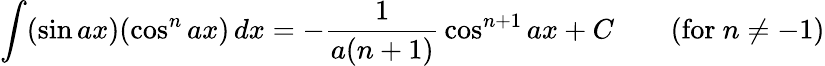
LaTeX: \int(\sin ax)(\cos^{n}ax)\, dx=-{\frac{1}{a(n+1)}}\cos^{n+1}ax+C\qquad{\mathrm{(for~}}n\neq-1{\mathrm{)}}